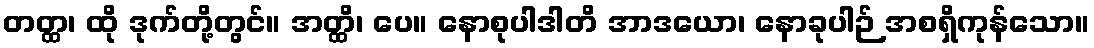
တတ္ထ၊ ထို ဒုက်တို့တွင်။ အတ္ထိ၊ ပေ။ နောစုပါဒါတိ အာဒယော၊ နောခုပါဉ် အစရှိကုန်သော။